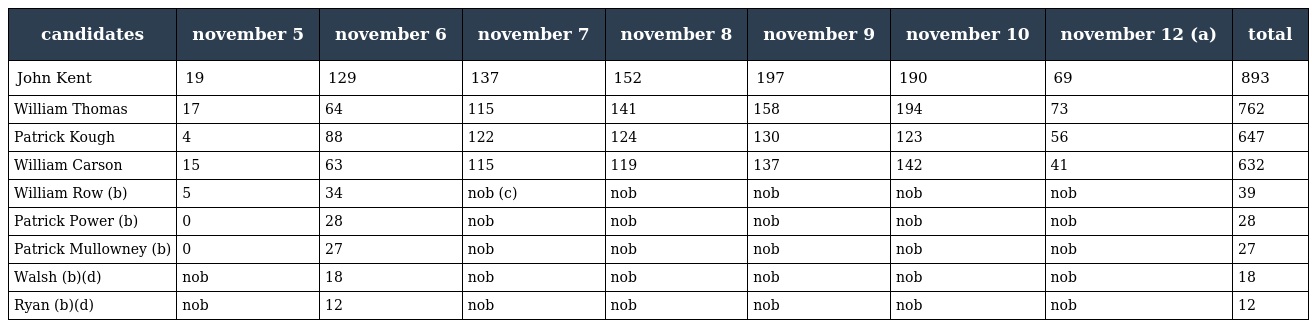
| candidates | november 5 | november 6 | november 7 | november 8 | november 9 | november 10 | november 12 (a) | total |
 | --- | --- | --- | --- | --- | --- | --- | --- | --- |
 | John Kent | 19 | 129 | 137 | 152 | 197 | 190 | 69 | 893 |
 | William Thomas | 17 | 64 | 115 | 141 | 158 | 194 | 73 | 762 |
 | Patrick Kough | 4 | 88 | 122 | 124 | 130 | 123 | 56 | 647 |
 | William Carson | 15 | 63 | 115 | 119 | 137 | 142 | 41 | 632 |
 | William Row (b) | 5 | 34 | nob (c) | nob | nob | nob | nob | 39 |
 | Patrick Power (b) | 0 | 28 | nob | nob | nob | nob | nob | 28 |
 | Patrick Mullowney (b) | 0 | 27 | nob | nob | nob | nob | nob | 27 |
 | Walsh (b)(d) | nob | 18 | nob | nob | nob | nob | nob | 18 |
 | Ryan (b)(d) | nob | 12 | nob | nob | nob | nob | nob | 12 |